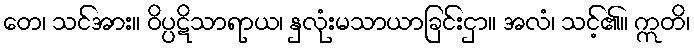
တေ၊ သင်အား။ ဝိပ္ပဋိသာရာယ၊ နှလုံးမသာယာခြင်းငှာ။ အလံ၊ သင့်၏။ ဣတိ၊